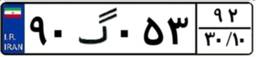
۹۰گ۰۵۳۹۲